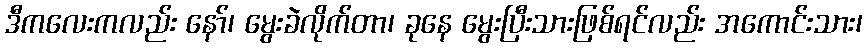
ဒီကလေးကလည်း နော်၊ မွေးခဲလိုက်တာ၊ ခုနေ မွေးပြီးသားဖြစ်ရင်လည်း အကောင်းသား၊